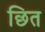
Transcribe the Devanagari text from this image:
छित